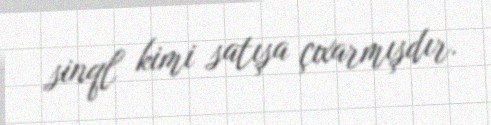
sinql kimi satışa çıxarmışdır.